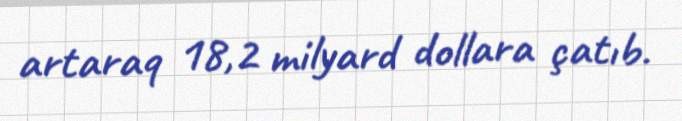
artaraq 18,2 milyard dollara çatıb.